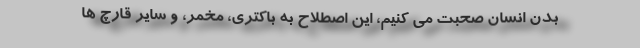
بدن انسان صحبت می کنیم، این اصطلاح به باکتری، مخمر، و سایر قارچ ها